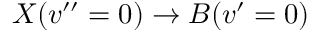
X ( v ^ { \prime \prime } = 0 ) \rightarrow B ( v ^ { \prime } = 0 )